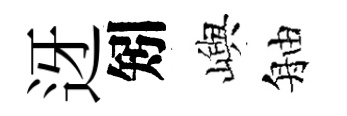
迓矧嶼舳